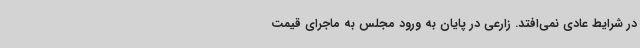
در شرایط عادی نمی‌افتد. زارعی در پایان به ورود مجلس به ماجرای قیمت